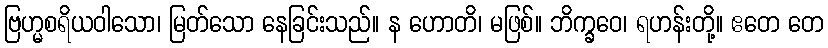
ဗြဟ္မစရိယဝါသော၊ မြတ်သော နေခြင်းသည်။ န ဟောတိ၊ မဖြစ်။ ဘိက္ခဝေ၊ ရဟန်းတို့။ ဧတေ တေ